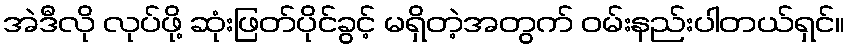
အဲဒီလို လုပ်ဖို့ ဆုံးဖြတ်ပိုင်ခွင့် မရှိတဲ့အတွက် ဝမ်းနည်းပါတယ်ရှင်။